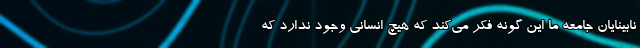
نابینایان جامعه ما این گونه فکر می‌کند که هیچ انسانی وجود ندارد که